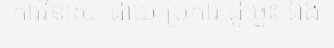
ការវិនាស ដោយ ប្រការ ដូច្នេះ ឯង